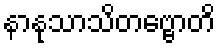
နာနုသာသိတဗ္ဗောတိ